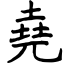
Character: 堯